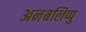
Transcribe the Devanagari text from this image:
अनबलिप्पु